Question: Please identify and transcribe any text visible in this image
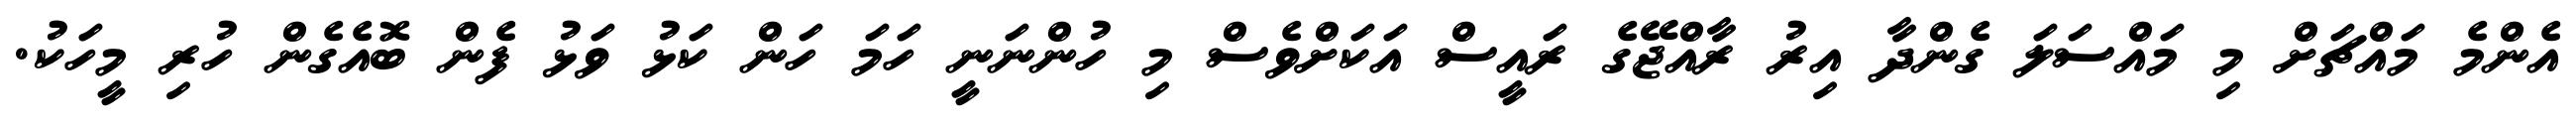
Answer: އެންމެ މައްޗަށް މި މައްސަލަ ގެންދާ އިރު ރާއްޖޭގެ ރައީސް އަކަށްވެސް މި ހުންނަނީ ހަމަ ހަން ކަޅު ވަޅު ފެން ބޮއެގެން ހުރި މީހަކު.